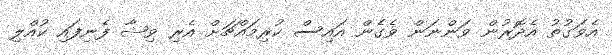
އެވަގުތު އެދޮރުން ވަންނަން ވެގެން އައިސް ކުރިމައްޗަށް އެރި ވިޝާ ފެނިފައި ކުއްލި